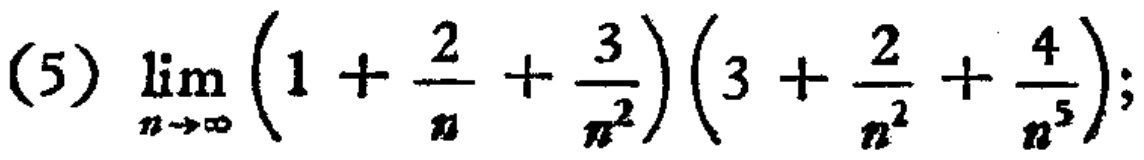
\(\lim_{n \to \infty} \left(1 + \frac{2}{n} + \frac{3}{n^{2}}\right)\left(3 + \frac{2}{n^{2}} + \frac{4}{n^{5}}\right);\)